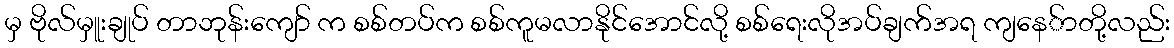
မှ ဗိုလ်မှူးချုပ် တာဘုန်းကျော် က စစ်တပ်က စစ်ကူမလာနိုင်အောင်လို့ စစ်ရေးလိုအပ်ချက်အရ ကျနေ်ာတို့လည်း